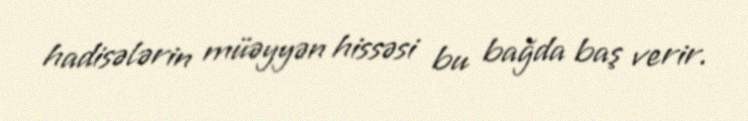
hadisələrin müəyyən hissəsi bu bağda baş verir.